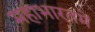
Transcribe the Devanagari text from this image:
महाभारतमें